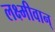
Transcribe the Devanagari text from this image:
लक्ष्मीवान्